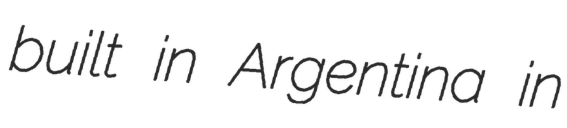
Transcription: built in Argentina in